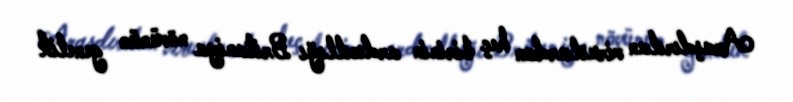
Araşdırılan viruslardan heç birinin ardıcıllığı Britaniya növünün genetik